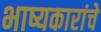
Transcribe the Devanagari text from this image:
भाष्यकारांचे